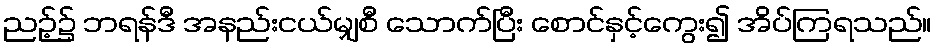
ညဉ့်၌ ဘရန်ဒီ အနည်းငယ်မျှစီ သောက်ပြီး စောင်နှင့်ကွေး၍ အိပ်ကြရသည်။